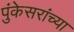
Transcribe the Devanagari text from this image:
पुंकेसरांच्या